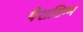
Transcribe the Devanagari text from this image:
पैराडिग्म